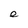
Character: e